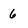
Character: 6